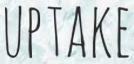
UPTAKE